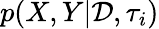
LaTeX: p(X,Y|\mathcal{D},\tau_{i})